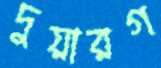
দুয়ারগ